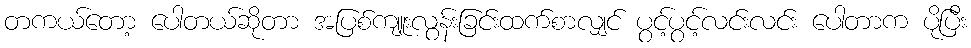
တကယ်တော့ ပေါတယ်ဆိုတာ အပြစ်ကျူးလွန်းခြင်းထက်စာလျှင် ပွင့်ပွင့်လင်းလင်း ပေါတာက ပိုပြီး